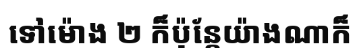
ទៅម៉ោង ២ ក៏ប៉ុន្តែយ៉ាងណាក៏